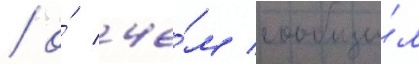
/ о́ че́м сообщи́л